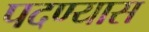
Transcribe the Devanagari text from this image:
पदण्यास